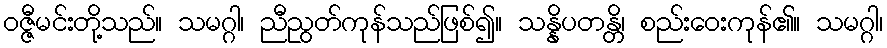
ဝဇ္ဇီမင်းတို့သည်။ သမဂ္ဂါ၊ ညီညွတ်ကုန်သည်ဖြစ်၍။ သန္နိပတန္တိ၊ စည်းဝေးကုန်၏။ သမဂ္ဂါ၊